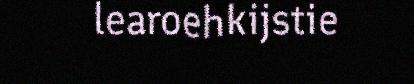
learoehkijstie